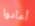
أعادوا